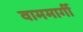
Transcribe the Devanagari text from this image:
वाममार्गी